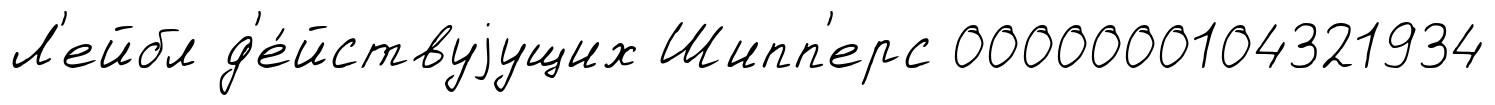
Л'ейбл д'е́йствуjущих Шипп'ерс 0000000104321934